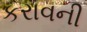
કરાવની